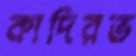
কাদিরভ